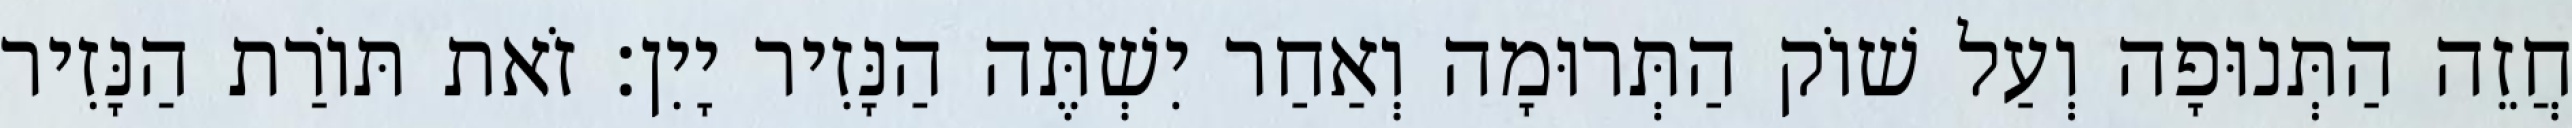
חֲזֵה הַתְּנוּפָה וְעַל שׁוֹק הַתְּרוּמָה וְאַחַר יִשְׁתֶּה הַנָּזִיר יָיִן׃ זֹאת תּוֹרַת הַנָּזִיר